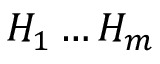
H _ { 1 } \ldots H _ { m }